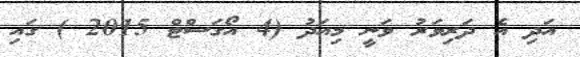
އަދި އެ ދަރިވަރު ވަނީ މިއަދު (4 އޯގަސްޓް 2015 ) ގައި